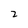
Character: z